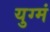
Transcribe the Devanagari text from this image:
युग्मं